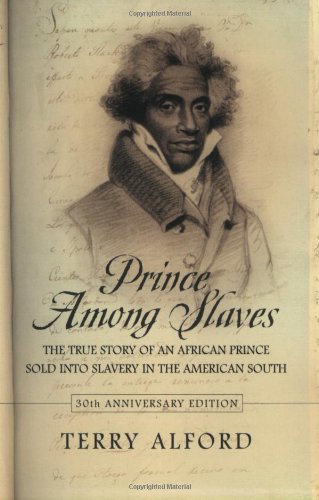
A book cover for Prince among Slaves; Terry Alford; Biographies & Memoirs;